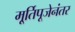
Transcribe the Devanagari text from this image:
मू्र्तिपूजेनंतर